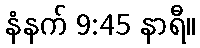
နံနက် 9:45 နာရီ။